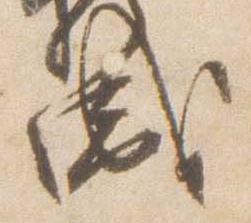
盛